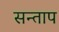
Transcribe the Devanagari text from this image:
सन्‍ताप